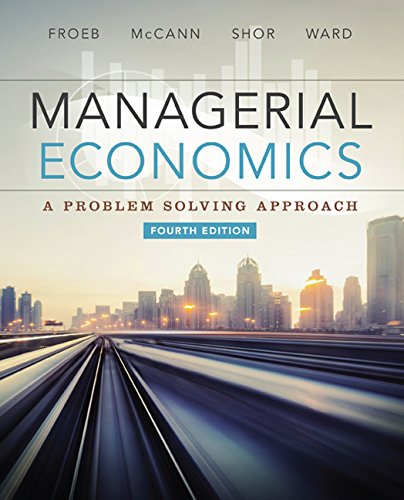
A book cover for Managerial Economics; Luke M. Froeb; Education & Teaching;